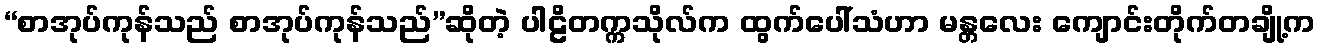
“စာအုပ်ကုန်သည် စာအုပ်ကုန်သည်”ဆိုတဲ့ ပါဠိတက္ကသိုလ်က ထွက်ပေါ်သံဟာ မန္တလေး ကျောင်းတိုက်တချို့က